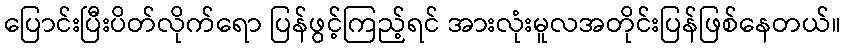
ပြောင်းပြီးပိတ်လိုက်ရော ပြန်ဖွင့်ကြည့်ရင် အားလုံးမူလအတိုင်းပြန်ဖြစ်နေတယ်။